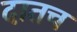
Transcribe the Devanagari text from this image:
दातच